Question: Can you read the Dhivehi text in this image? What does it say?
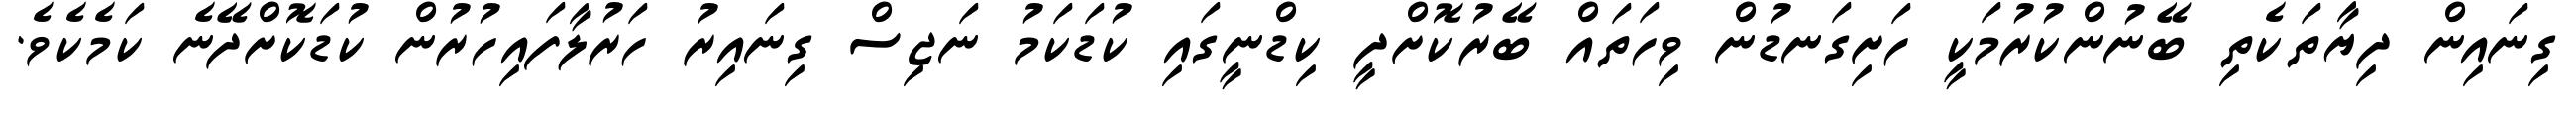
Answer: ގިނައިން ދިޔާތަކެތި ބޭނުންކުރުމަކީ ހަށިގަނޑުން ވިހަތައް ބޭރުކޮށްދީ ކިޑްނީގައި ކުޑަކަމު ނަޖިސް ގިނައިރު ހަރުލާފައިހުރުން ކުޑަކޮށްދޭނެ ކަމެކެވެ.